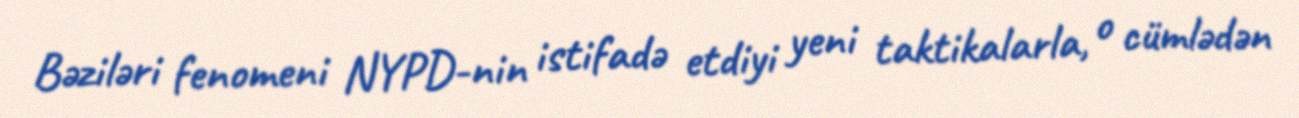
Bəziləri fenomeni NYPD-nin istifadə etdiyi yeni taktikalarla, o cümlədən